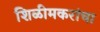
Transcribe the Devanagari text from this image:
शिळीमकरांचा